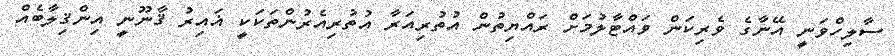
ސާލިހްވަނީ އޭނާގެ ވެރިކަން ވައްޓާލުމަށް ރައްޔިތުން އުތުރިއަރާ އުތުރިއެރުންތަކަކީ ޣައިރު ޤާނޫނީ އިންޤިލާބެއް